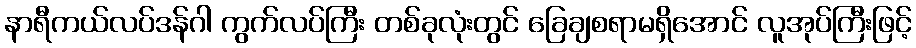
နာရီကယ်လပ်ဒန်ဂါ ကွက်လပ်ကြီး တစ်ခုလုံးတွင် ခြေချစရာမရှိအောင် လူအုပ်ကြီးဖြင့်